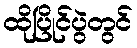
ထိုပြိုင်ပွဲတွင်